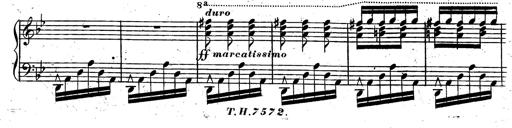
Title: Rondeau fantastique sur un thÃ¨me espagnol
Composer: Franz Liszt